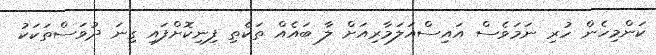
ކަންމިހެން ހުރި ނަމަވެސް އައިސްއަލަމާރިއަށް ލާ ބައެއް ތަކެތި ފިނިކޮށްފައި ގިނަ ދުވަސްތަކަކު